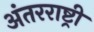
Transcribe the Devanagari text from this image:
अंतरराष्ट्री